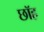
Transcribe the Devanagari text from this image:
छॉह